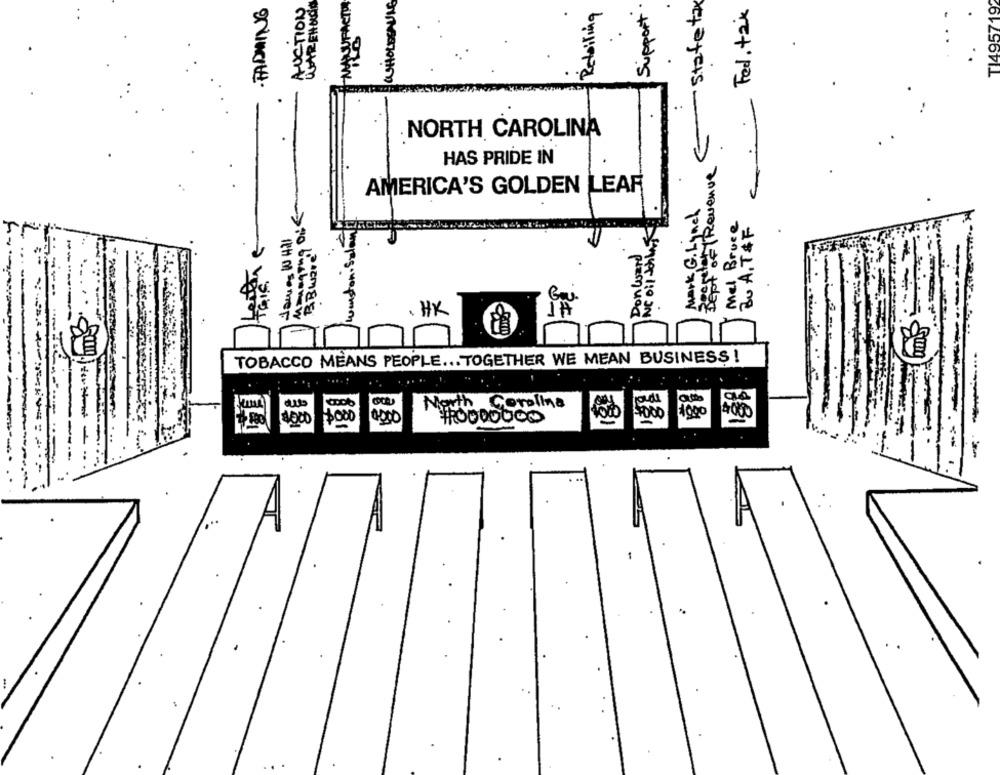
AUCTION
WAREHOON
SUFACTOR
WHOLESAVING
Support .
State tax
TI495719
. FADING
Retailing
Fed. tax
NORTH CAROLINA
HAS PRIDE IN
Best of Revenue
AMERICA'S GOLDEN LEAF
Mark G. Lynch
Mel Bruce
BU A.T &F
James 10 Hal
INC oil Schla
Donword
BBWare
Bai
. HK
TOBACCO MEANS PEOPLE ... TOGETHER WE MEAN BUSINESS !
North Carolina
1000
0,000